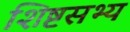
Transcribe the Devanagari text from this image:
शिष्टसभ्य